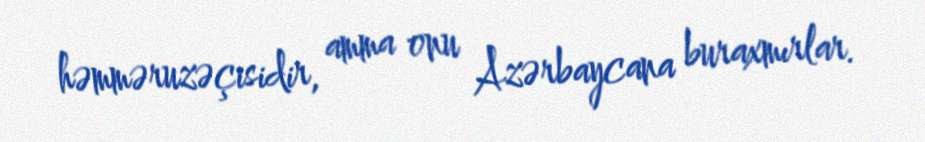
həmməruzəçisidir, amma onu Azərbaycana buraxmırlar.